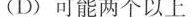
(D)可能两个以上